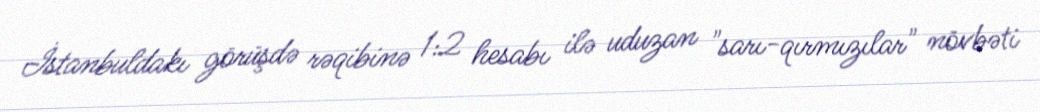
İstanbuldakı görüşdə rəqibinə 1:2 hesabı ilə uduzan "sarı-qırmızılar" növbəti